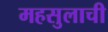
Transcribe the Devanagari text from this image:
महसुलाची